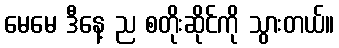
မေမေ ဒီနေ့ ည စတိုးဆိုင်ကို သွားတယ်။